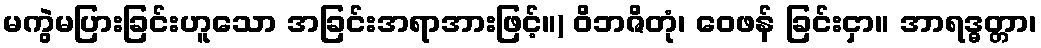
မကွဲမပြားခြင်းဟူသော အခြင်းအရာအားဖြင့်။) ဝိဘဇိတုံ၊ ဝေဖန် ခြင်းငှာ။ အာရဒ္ဓတ္တာ၊